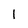
Character: l